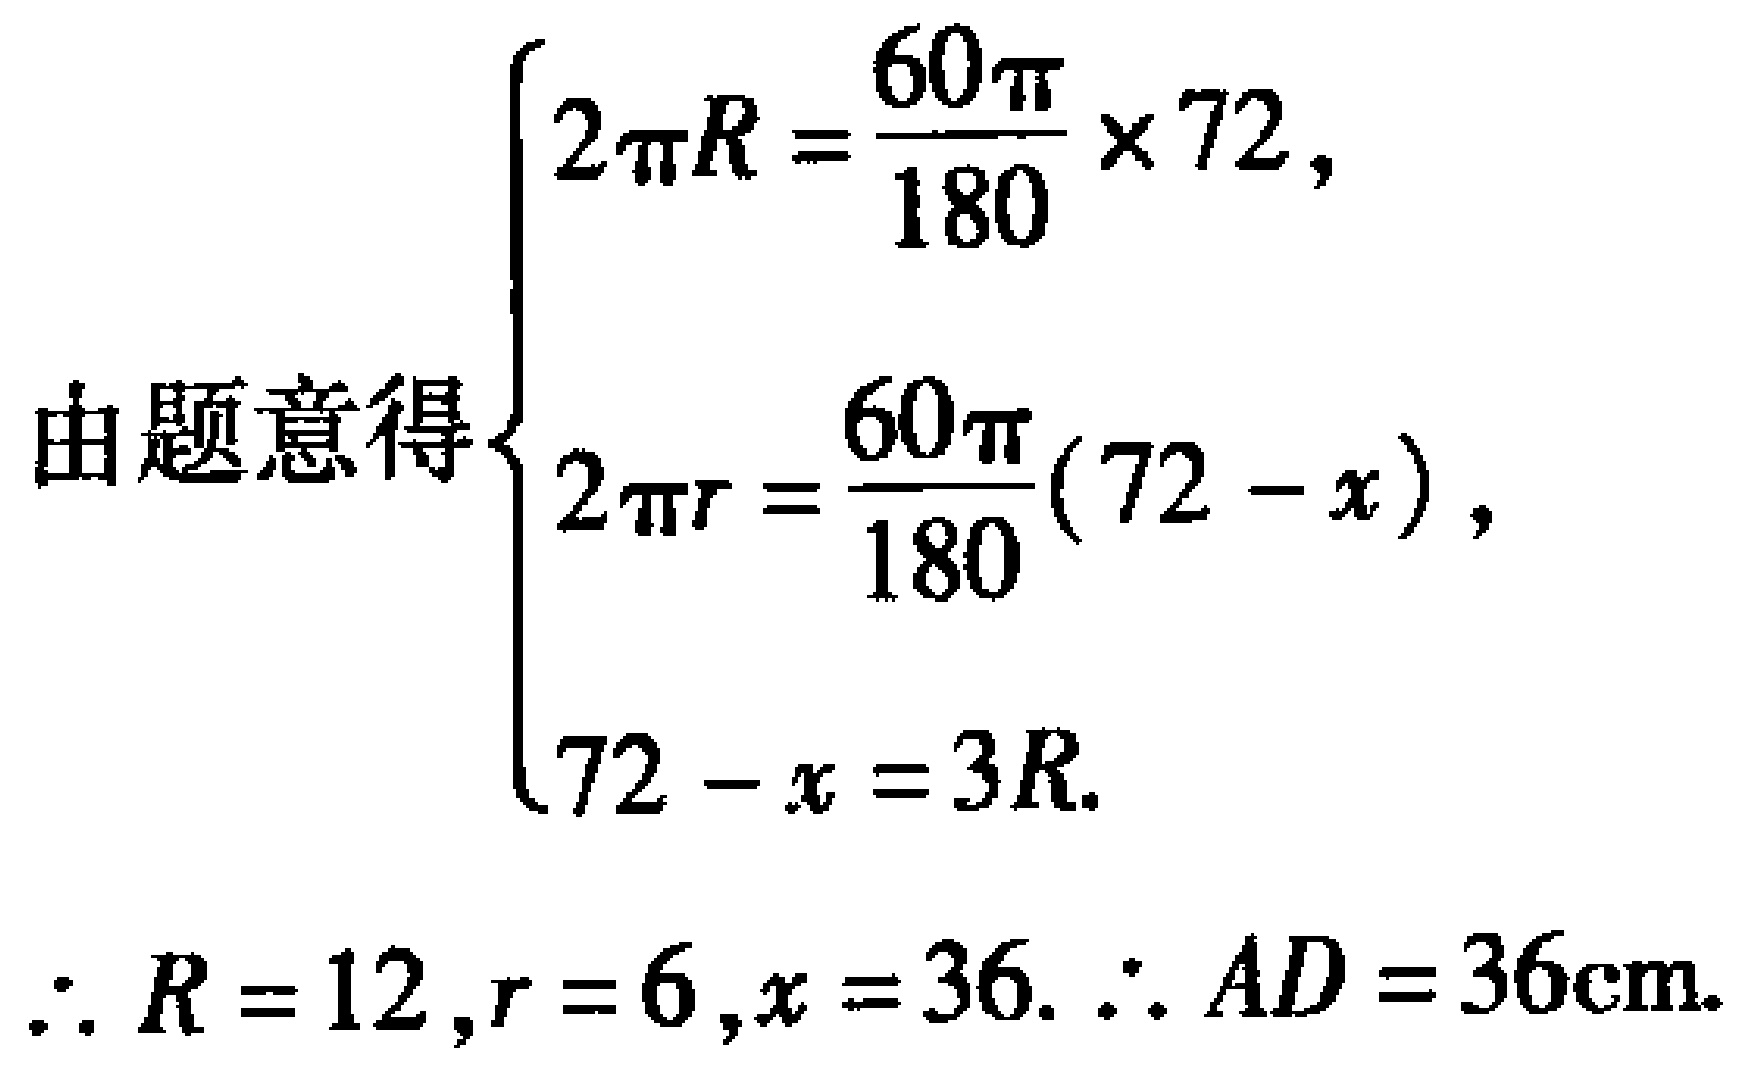
由题意得
\[\begin{cases}
2\pi R = \frac{60\pi}{180} \times 72, \\
2\pi r = \frac{60\pi}{180}(72 - x), \\
72 - x = 3R.
\end{cases}\]
\(\therefore R = 12,r = 6,x = 36.\therefore AD = 36\text{cm}.\)